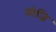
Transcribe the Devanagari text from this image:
मीजि